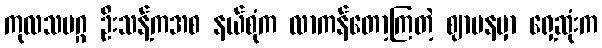
ကုလသမဂ္ဂ ဦးသန့်ကအစ နယ်စုံက လာကန်တော့ကြတဲ့ ဈာပနမှာ ရှေ့ဆုံးက